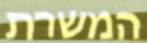
המשרת